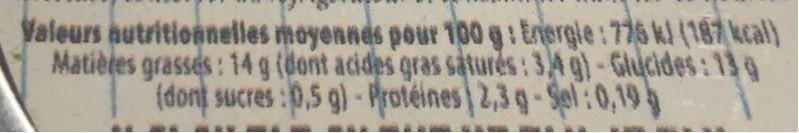
Valeurs autritionelles moyennes pour 100 g: Eriergie:775 kl (187 kcal) Matiètes grasses: 14g (dont acides gras saturės: 34 g)-Glucides: 139 (dont sucres:0,5 g)-Protéines 2,3g-Sel:0,19